Mental hospitals Bombay report 1921-28 - 1921-1928
Year: 1921
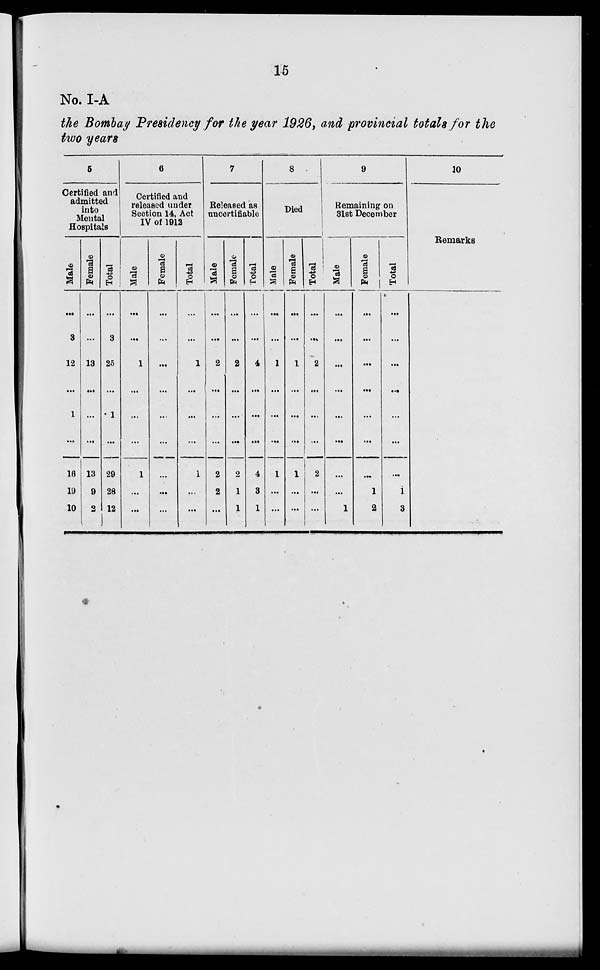
15
No. I-A
the Bombay Presidency for the year 1926, and provincial totals for the
two years
5
Certified and
admitted
into
Mental
Hospitals
Male
...
3
12
...
1
...
16
19
10
Female
...
...
13
...
...
...
13
9
2
Total
...
3
25
...
1
...
29
28
12
6
Certified and
released under
Section 14, Act
IV of 1912
Male
...
...
1
...
...
...
1
...
...
Female
...
...
...
...
...
...
...
...
...
Total
...
...
1
...
...
...
1
...
...
7
Released as
uncertifiable
Male
...
...
2
...
...
...
2
2
...
Female
...
...
2
...
...
...
2
1
1
Total
...
...
4
...
...
...
4
3
1
8
Died
Male
...
...
1
...
...
...
1
...
...
Female
...
...
1
...
...
...
1
...
...
Total
...
...
2
...
...
...
2
...
...
9
Remaining on
31st December
Male
...
...
...
...
...
...
...
...
1
Female
...
...
...
...
...
...
...
1
2
Total
...
...
...
...
...
...
...
1
3
10
Remarks